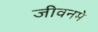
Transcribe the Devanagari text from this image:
जीवनमे